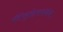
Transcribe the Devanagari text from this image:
मॅसेच्युसेट्समध्येच